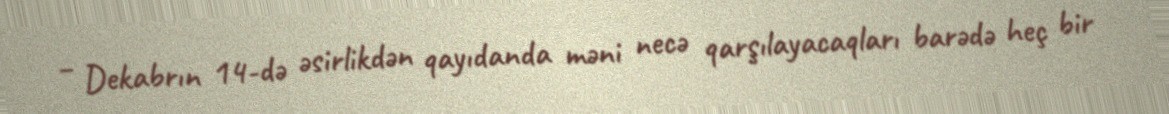
– Dekabrın 14-də əsirlikdən qayıdanda məni necə qarşılayacaqları barədə heç bir